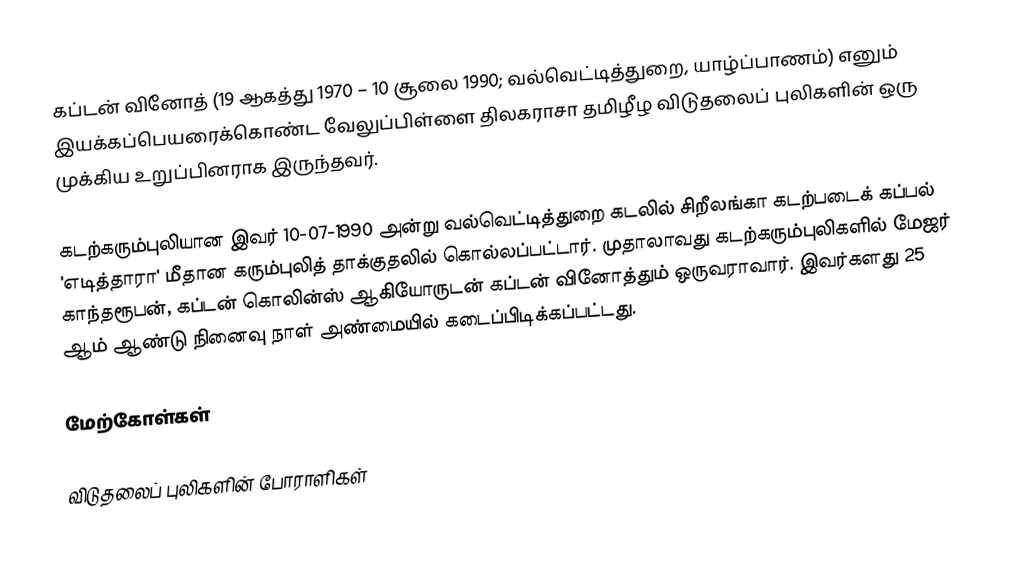
கப்டன் வினோத் (19 ஆகத்து 1970 – 10 சூலை 1990; வல்வெட்டித்துறை, யாழ்ப்பாணம்)  எனும் இயக்கப்பெயரைக்கொண்ட வேலுப்பிள்ளை திலகராசா தமிழீழ விடுதலைப் புலிகளின் ஒரு முக்கிய உறுப்பினராக இருந்தவர்.

கடற்கரும்புலியான இவர் 10-07-1990 அன்று வல்வெட்டித்துறை கடலில் சிறீலங்கா கடற்படைக் கப்பல் 'எடித்தாரா' மீதான கரும்புலித் தாக்குதலில் கொல்லப்பட்டார். முதாலாவது கடற்கரும்புலிகளில் மேஜர் காந்தரூபன், கப்டன் கொலின்ஸ் ஆகியோருடன் கப்டன் வினோத்தும் ஒருவராவார். இவர்களது 25 ஆம் ஆண்டு நினைவு நாள் அண்மையில் கடைப்பிடிக்கப்பட்டது.

மேற்கோள்கள்

விடுதலைப் புலிகளின் போராளிகள்